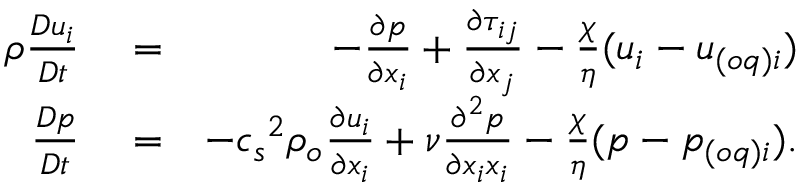
\begin{array} { r l r } { \rho \frac { D u _ { i } } { D t } } & { { } = } & { - \frac { \partial p } { \partial x _ { i } } + \frac { \partial \tau _ { i j } } { \partial x _ { j } } - \frac { \chi } { \eta } ( { u } _ { i } - u _ { ( o q ) i } ) } \\ { \frac { D p } { D t } } & { { } = } & { - { c _ { s } } ^ { 2 } \rho _ { o } \frac { \partial u _ { i } } { \partial x _ { i } } + \nu \frac { \partial ^ { 2 } p } { \partial x _ { i } x _ { i } } - \frac { \chi } { \eta } ( { p - p _ { ( o q ) i } } ) . } \end{array}